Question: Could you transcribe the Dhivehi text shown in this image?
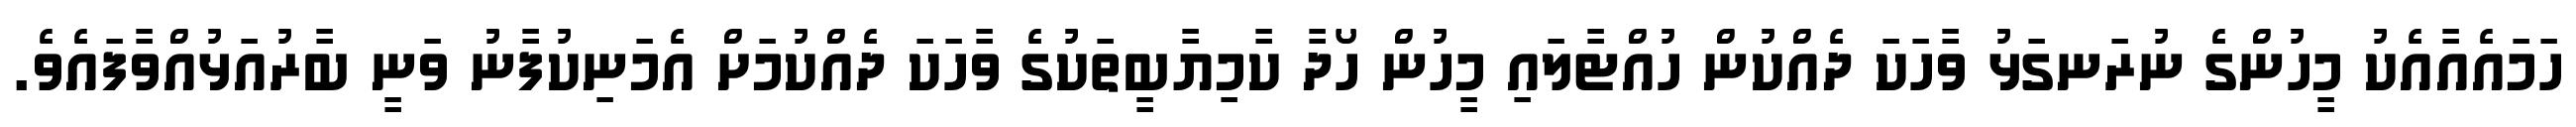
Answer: ހަމައެއާއެކު މީހުންގެ ނުރަނގަޅު ވާހަކަ ދެއްކުން ހުއްޓާލައި މީހުން ހޯދާ ކާމިޔާބީތަކުގެ ވާހަކަ ދެއްކުމަށް އެމަނިކުފާނު ވަނީ ބާރުއަޅުއްވާފައެވެ.